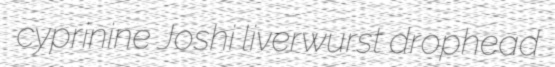
cyprinine Joshi liverwurst drophead